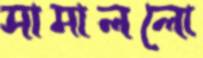
সামাললো